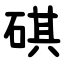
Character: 䃆